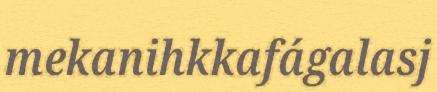
mekanihkkafágalasj